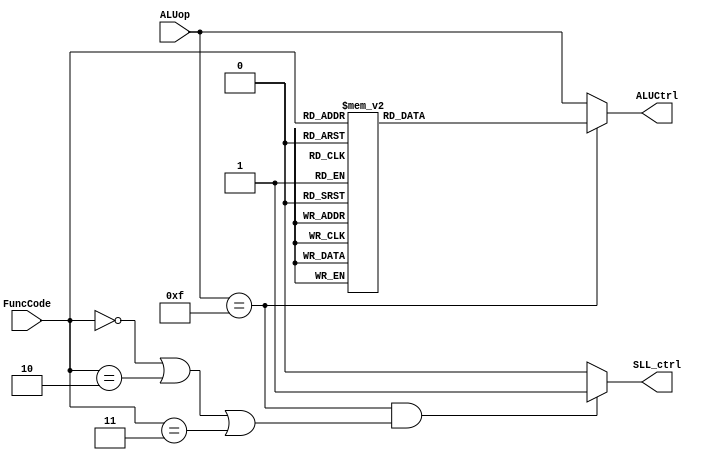
`timescale 1ns / 1ps

//Define ALU FuncCodes
`define SLLFunc 6'b000000
`define SRLFunc 6'b000010
`define SRAFunc 6'b000011
`define ADDFunc 6'b100000
`define ADDUFunc 6'b100001
`define SUBFunc 6'b100010
`define SUBUFunc 6'b100011
`define ANDFunc 6'b100100
`define ORFunc 6'b100101
`define XORFunc 6'b100110
`define NORFunc 6'b100111
`define SLTFunc 6'b101010
`define SLTUFunc 6'b101011

module ALUControl(ALUCtrl, ALUop, FuncCode,SLL_ctrl);

                                //Input ALUop and FuncCode from Instruction
input [3:0]ALUop;
input [5:0]FuncCode;

                                //Output ALUCtrl
output reg [3:0]ALUCtrl;
output  SLL_ctrl;

assign SLL_ctrl = (ALUop == 4'b1111 && (FuncCode==`SLLFunc ||FuncCode==`SRLFunc || FuncCode==`SRAFunc)) ? 1'b1:1'b0;
always@(*)
begin

                                //Check if ALUop is all 1's
if(ALUop == 4'b1111)


case(FuncCode)

                                //Mapping b/w FuncCode and ALUCtrl outputs
`SLLFunc:  ALUCtrl <= 4'b0011;
`SRLFunc: ALUCtrl <= 4'b0100;
`SRAFunc: ALUCtrl <= 4'b1101;
`ADDFunc: ALUCtrl <= 4'b0010;
`ADDUFunc: ALUCtrl <= 4'b1000;
`SUBFunc: ALUCtrl <= 4'b0110;
`SUBUFunc: ALUCtrl <= 4'b1001;
`ANDFunc: ALUCtrl <= 4'b0000;
`ORFunc: ALUCtrl <= 4'b0001;
`XORFunc: ALUCtrl <= 4'b1010;
`NORFunc: ALUCtrl <= 4'b1100;
`SLTFunc: ALUCtrl <= 4'b0111;
`SLTUFunc: ALUCtrl <= 4'b1011;
default: ALUCtrl <= 0;
endcase

else
                                //Output ALUCtrl as ALUop directly
ALUCtrl <= ALUop;   


end


endmodule